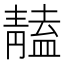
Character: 𩇠